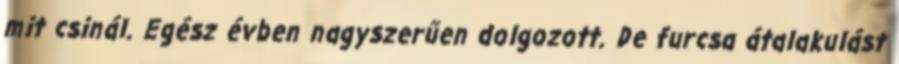
mit csinál. Egész évben nagyszerűen dolgozott. De furcsa átalakulást